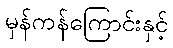
မှန်ကန်ကြောင်းနှင့်